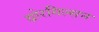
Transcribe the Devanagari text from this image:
थ़ोरगिल्सन